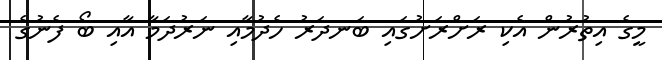
މީގެ އިތުރުން އެކި ރަށްރަށުގައި ބަނދަރު ހެދުމާއި ނަރުދަމާ އާއި ބޯ ފެނުގެ